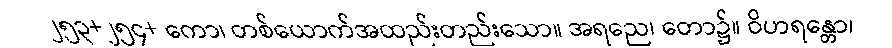
၂၅၃+၂၅၄+ ကော၊ တစ်ယောက်အထည်းတည်းသော။ အရညေ၊ တော၌။ ဝိဟရန္တော၊